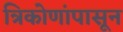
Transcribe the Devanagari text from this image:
त्रिकोणांपासून